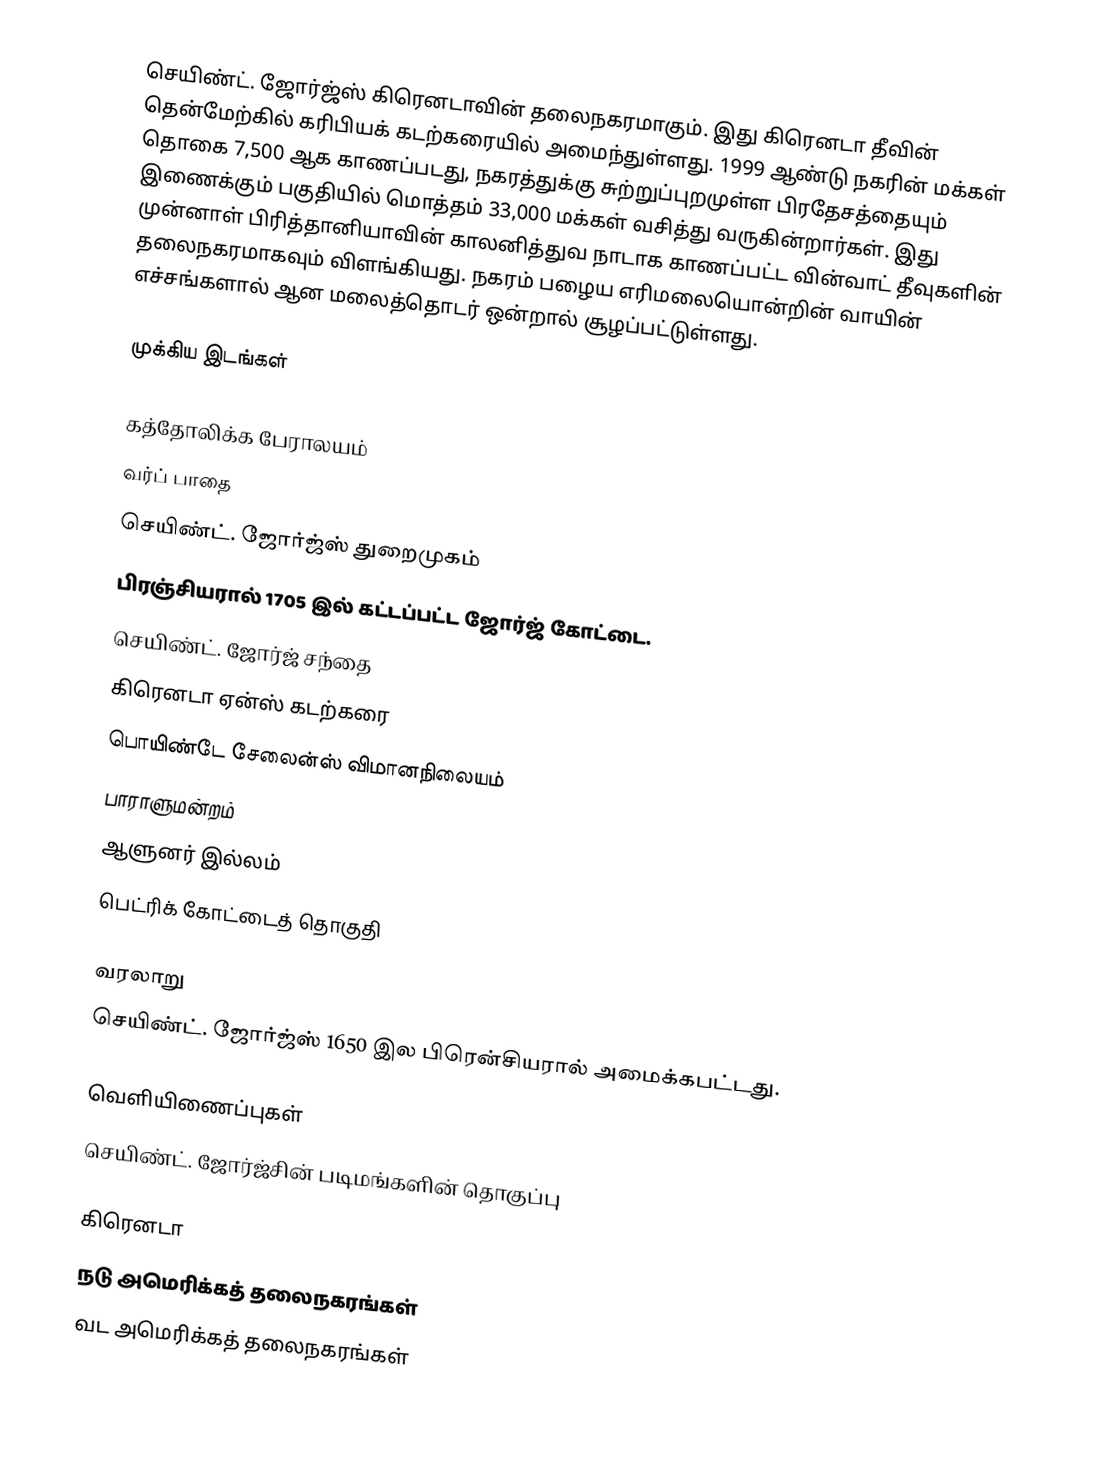
செயிண்ட். ஜோர்ஜ்ஸ் கிரெனடாவின் தலைநகரமாகும். இது கிரெனடா தீவின் தென்மேற்கில் கரிபியக் கடற்கரையில் அமைந்துள்ளது. 1999 ஆண்டு நகரின் மக்கள் தொகை 7,500 ஆக காணப்படது, நகரத்துக்கு சுற்றுப்புறமுள்ள பிரதேசத்தையும் இணைக்கும் பகுதியில் மொத்தம் 33,000 மக்கள் வசித்து வருகின்றார்கள். இது முன்னாள் பிரித்தானியாவின் காலனித்துவ நாடாக காணப்பட்ட வின்வாட் தீவுகளின் தலைநகரமாகவும் விளங்கியது. நகரம் பழைய எரிமலையொன்றின் வாயின் எச்சங்களால் ஆன மலைத்தொடர் ஒன்றால் சூழப்பட்டுள்ளது.

முக்கிய இடங்கள்

 கத்தோலிக்க பேராலயம்
 வர்ப் பாதை
 செயிண்ட். ஜோர்ஜ்ஸ் துறைமுகம்
 பிரஞ்சியரால் 1705 இல் கட்டப்பட்ட ஜோர்ஜ் கோட்டை.
 செயிண்ட். ஜோர்ஜ் சந்தை
 கிரெனடா ஏன்ஸ் கடற்கரை
 பொயிண்டே சேலைன்ஸ் விமானநிலையம்
 பாராளுமன்றம்
 ஆளுனர் இல்லம்
 பெட்ரிக் கோட்டைத் தொகுதி

வரலாறு
செயிண்ட். ஜோர்ஜ்ஸ் 1650 இல பிரென்சியரால் அமைக்கபட்டது.

வெளியிணைப்புகள்
 செயிண்ட். ஜோர்ஜ்சின் படிமங்களின் தொகுப்பு

கிரெனடா
நடு அமெரிக்கத் தலைநகரங்கள்
வட அமெரிக்கத் தலைநகரங்கள்